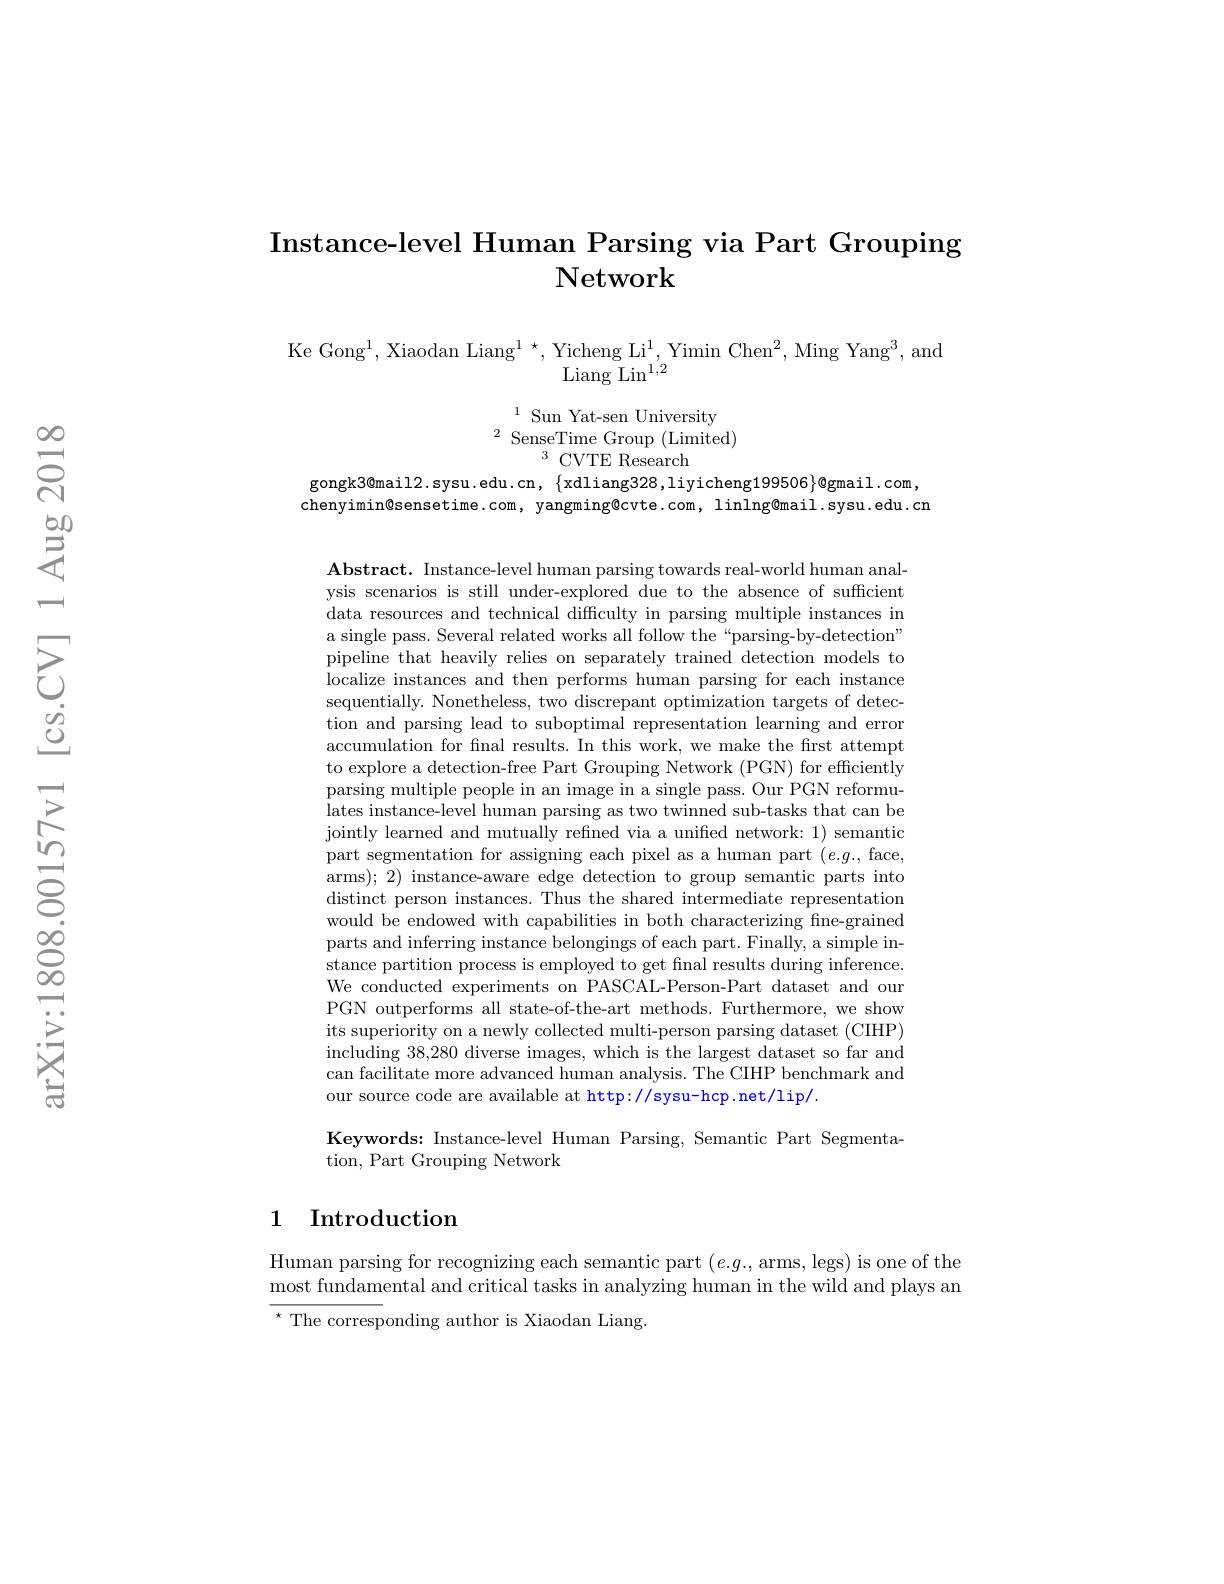
# Instance-level Human Parsing via Part Grouping Network

$\begin{array}{c}{\mathrm{Ke~Gong}^{1},\mathrm{~Xiaodan~Liang}^{1}\star,\mathrm{~Yicheng~Li}^{1},\mathrm{~Yimin~Chen}^{2},\mathrm{~Ming~Yang}^{3},\mathrm{~and}}\\{\mathrm{Liang~Lin}^{1,2}}\\\end{array}$

$^{1}$ Sun Yat-sen University
${}^{\mathrm{~Jun~1~av-scn~Omvcrsity}}$SenseTime Group(Limited)
$^{3}$CVTE Research

gongk3@mail2.sysu.edu.cn, $\{$xdliang328,liyicheng199506}@{gmail.com,} chenyimin@sensetime.com, yangming@cvte.com, linlng@mail.sysu.edu.cn

$\mathbf{Abstract.~Instance-level~human~parsing~towards~real-world~human~anal-}$ ysis scenarios is still under-explored due to the absence of sufficient data resources and technical difficulty in parsing multiple instances in a single pass. Several related works all follow the“parsing-by-detection” pipeline that heavily relies on separately trained detection models to localize instances and then performs human parsing for each instance sequentially. Nonetheless, two discrepant optimization targets of detection and parsing lead to suboptimal representation learning and error accumulation for fnal results. In this work, we make the first attempt to explore a detection-free Part Grouping Network (PGN) for efficiently parsing multiple people in an image in a single pass. Our PGN reformulates instance-level human parsing as two twinned sub-tasks that can be jointly learned and mutually refined via a unified network: 1) semantic part segmentation for assigning each pixel as a human part $(e.g.$, face, arms); 2) instance-aware edge detection to group semantic parts into distinct person instances. Thus the shared intermediate representation would be endowed with capabilities in both characterizing fine-grained parts and inferring instance belongings of each part. Finally, a simple instance partition process is employed to get final results during inference. We conducted experiments on PASCAL-Person-Part dataset and our PGN outperforms all state-of-the-art methods. Furthermore, we show its superiority on a newly collected multi-person parsing dataset (CIHP) including 38,280 diverse images, which is the largest dataset so far and can facilitate more advanced human analysis. The CIHP benchmark and our source code are available at http://sysu-hcp.net/lip/.
Keywords: Instance-level Human Parsing, Semantic Part Segmenta-

tion, Part Grouping Network

## 1 Introduction

Human parsing for recognizing each semantic part $(e.g.$,arms,legs) is one of the most fundamental and critical tasks in analyzing human in the wild and plays an $^{\star}$ The corresponding author is Xiaodan Liang.